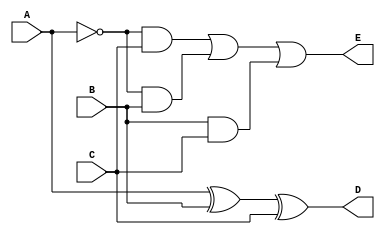
module F_SUBS(A,B,C,D,E);

input A,B,C;
output D,E;
 assign D=A^B^C;
 assign E=((~(A))&C|(~(A))&B|B&C);

endmodule